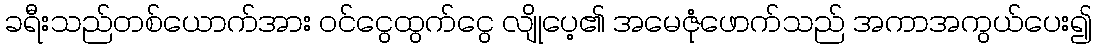
ခရီးသည်တစ်ယောက်အား ဝင်ငွေထွက်ငွေ လျိုပေ့၏ အမေဇုံဖောက်သည် အကာအကွယ်ပေး၍